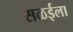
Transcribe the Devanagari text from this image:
सळईला